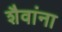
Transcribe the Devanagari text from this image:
शैवांना